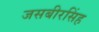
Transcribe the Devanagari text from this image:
जसबीरसिंह